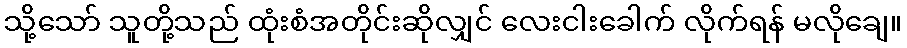
သို့သော် သူတို့သည် ထုံးစံအတိုင်းဆိုလျှင် လေးငါးခေါက် လိုက်ရန် မလိုချေ။